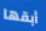
أبقها